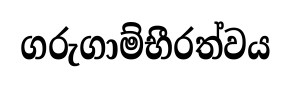
ගරුගාම්භීරත්වය